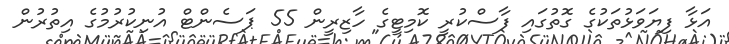
އަޅާ ފިޔަވަޅުތަކުގެ ގޮތުގައި ފާސްކުރީ ކޮމިޓީގެ ހާޒިރީން 55 ޕަސެންޓް އުނިކުރުމުގެ އިތުރުން